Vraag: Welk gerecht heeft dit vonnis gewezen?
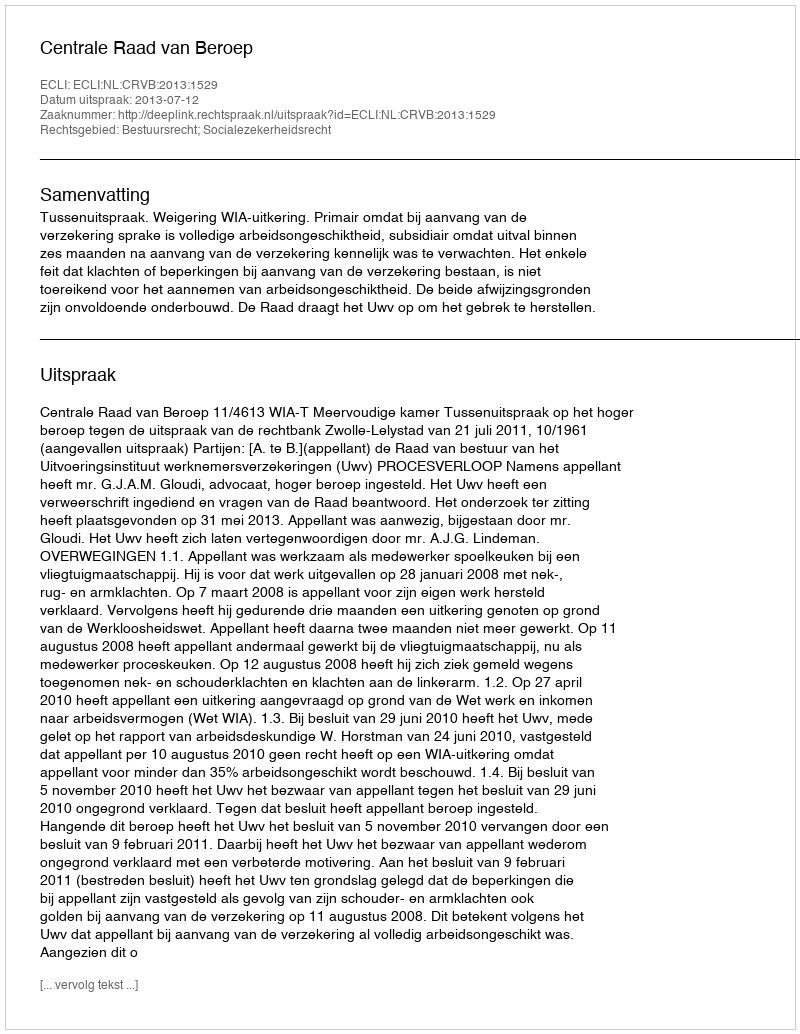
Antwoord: Centrale Raad van Beroep